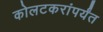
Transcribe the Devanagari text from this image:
कोलटकरांपर्यंत